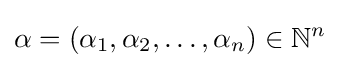
\alpha =(\alpha _{1},\alpha _{2},\dotsc ,\alpha _{n})\in \mathbb {N} ^{n}